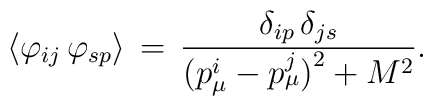
\langle\varphi_{ij}\,\varphi_{sp}\rangle\,=\,\frac{\delta_{ip}\,\delta_{js}}{\bigl(p_{\mu}^i-p_{\mu}^j\bigr)^2+M^2}.